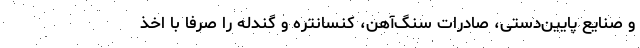
و صنایع پایین‌دستی، صادرات سنگ‌آهن، کنسانتره و گندله را صرفا با اخذ